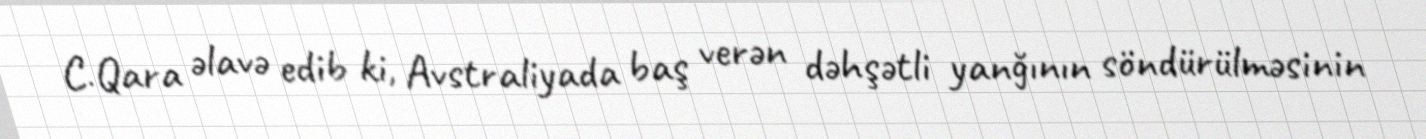
C.Qara əlavə edib ki, Avstraliyada baş verən dəhşətli yanğının söndürülməsinin